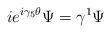
LaTeX: \begin{align*}ie^{i\gamma_5 \theta} \Psi = \gamma^1 \Psi\end{align*}